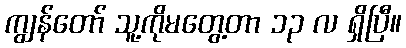
ကျွန်တော် သူ့ကိုမတွေ့တာ ၁၃ လ ရှိပြီ။